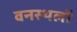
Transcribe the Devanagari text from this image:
वनस्थलों